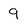
Character: 9